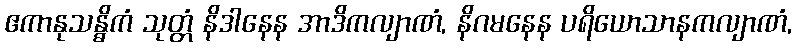
ဧကာနုသန္ဓိကံ သုတ္တံ နိဒါနေန အာဒိကလျာဏံ, နိဂမနေန ပရိယောသာနကလျာဏံ,